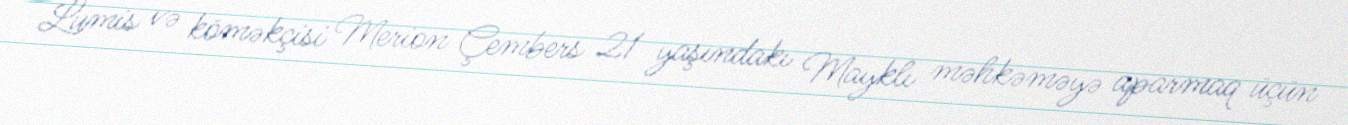
Lumis və köməkçisi Merion Çembers 21 yaşındakı Mayklı məhkəməyə aparmaq üçün